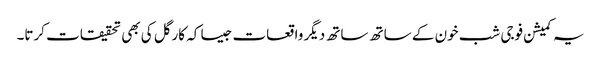
یہ کمیشن فوجی شب خون کے ساتھ ساتھ دیگر واقعات جیسا کہ کارگل کی بھی تحقیقات کرتا۔